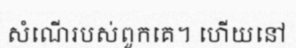
សំណើរបស់ពួកគេ។ ហើយនៅ